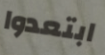
ابتعدوا